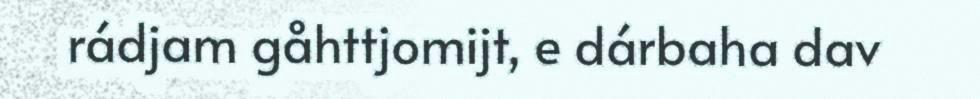
rádjam gåhttjomijt, e dárbaha dav